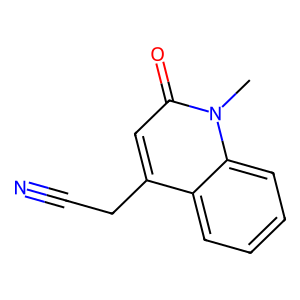
SMILES: Cn1c(=O)cc(CC#N)c2ccccc21
Inhibits HIV replication: No